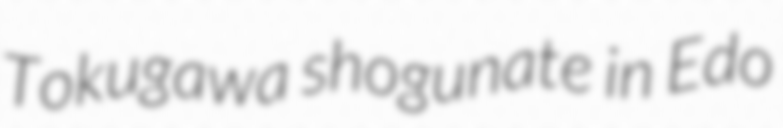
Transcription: Tokugawa shogunate in Edo